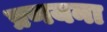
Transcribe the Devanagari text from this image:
प्रणयना